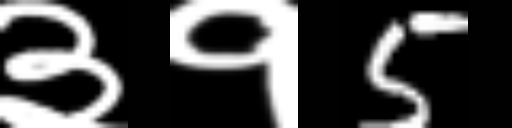
Text: ३१5